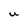
Character: U